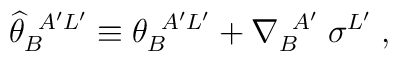
{\widehat \theta}_{B}^{\; \; A'L'} \equiv \theta_{B}^{\; \; A'L'}+ \nabla_{B}^{\; \; A'} \; \sigma^{L'} \; ,